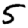
Digit: 5